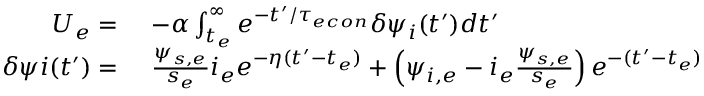
\begin{array} { r l } { U _ { e } = } & { \ - \alpha \int _ { t _ { e } } ^ { \infty } e ^ { - t ^ { \prime } / { \tau _ { e c o n } } } \delta \psi _ { i } ( t ^ { \prime } ) d t ^ { \prime } } \\ { \delta \psi i ( t ^ { \prime } ) = } & { \ \frac { \psi _ { s , e } } { s _ { e } } i _ { e } e ^ { - \eta ( t ^ { \prime } - t _ { e } ) } + \left( \psi _ { i , e } - i _ { e } \frac { \psi _ { s , e } } { s _ { e } } \right) e ^ { - ( t ^ { \prime } - t _ { e } ) } } \end{array}